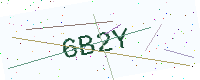
Text: 6B2Y